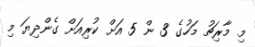
މި މާރިޗު މަހުގެ 3 ން 5 އަށް ކުރިއަށް ގެންދިޔަ މި